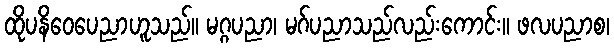
ထိုပနိဝေပေညာဟူသည်။ မဂ္ဂပညာ၊ မဂ်ပညာသည်လည်းကောင်း။ ဖလပညာစ၊